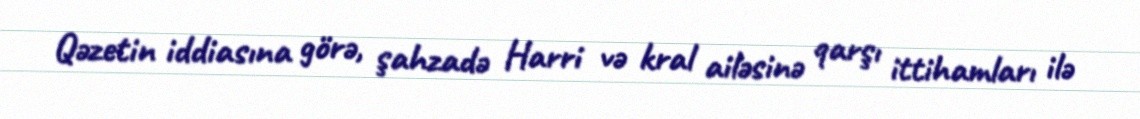
Qəzetin iddiasına görə, şahzadə Harri və kral ailəsinə qarşı ittihamları ilə